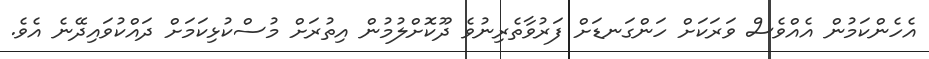
އެހެންކަމުން އެއްވެސް ވަރަކަށް ހަންގަނޑަށް ފަރުވާތެރިނުވެ ދޫކޮށްލުމުން އިތުރަށް މުސްކުޅިކަމަށް ދައްކުވައިދޭނެ އެވެ.